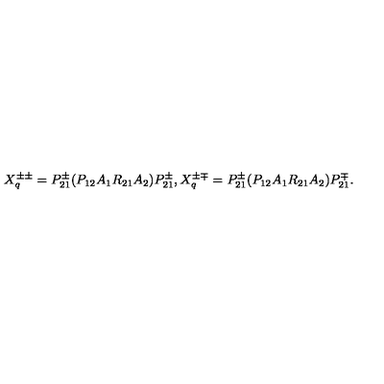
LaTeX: X _ { q } ^ { \pm \pm } = P _ { 2 1 } ^ { \pm } ( P _ { 1 2 } A _ { 1 } R _ { 2 1 } A _ { 2 } ) P _ { 2 1 } ^ { \pm } , X _ { q } ^ { \pm \mp } = P _ { 2 1 } ^ { \pm } ( P _ { 1 2 } A _ { 1 } R _ { 2 1 } A _ { 2 } ) P _ { 2 1 } ^ { \mp } .